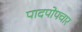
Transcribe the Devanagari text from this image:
पादपोपचार